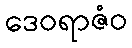
ဒေဝရာဇံဝ